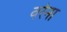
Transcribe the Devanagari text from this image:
वरेना